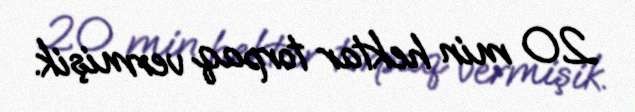
20 min hektar torpaq vermişik.